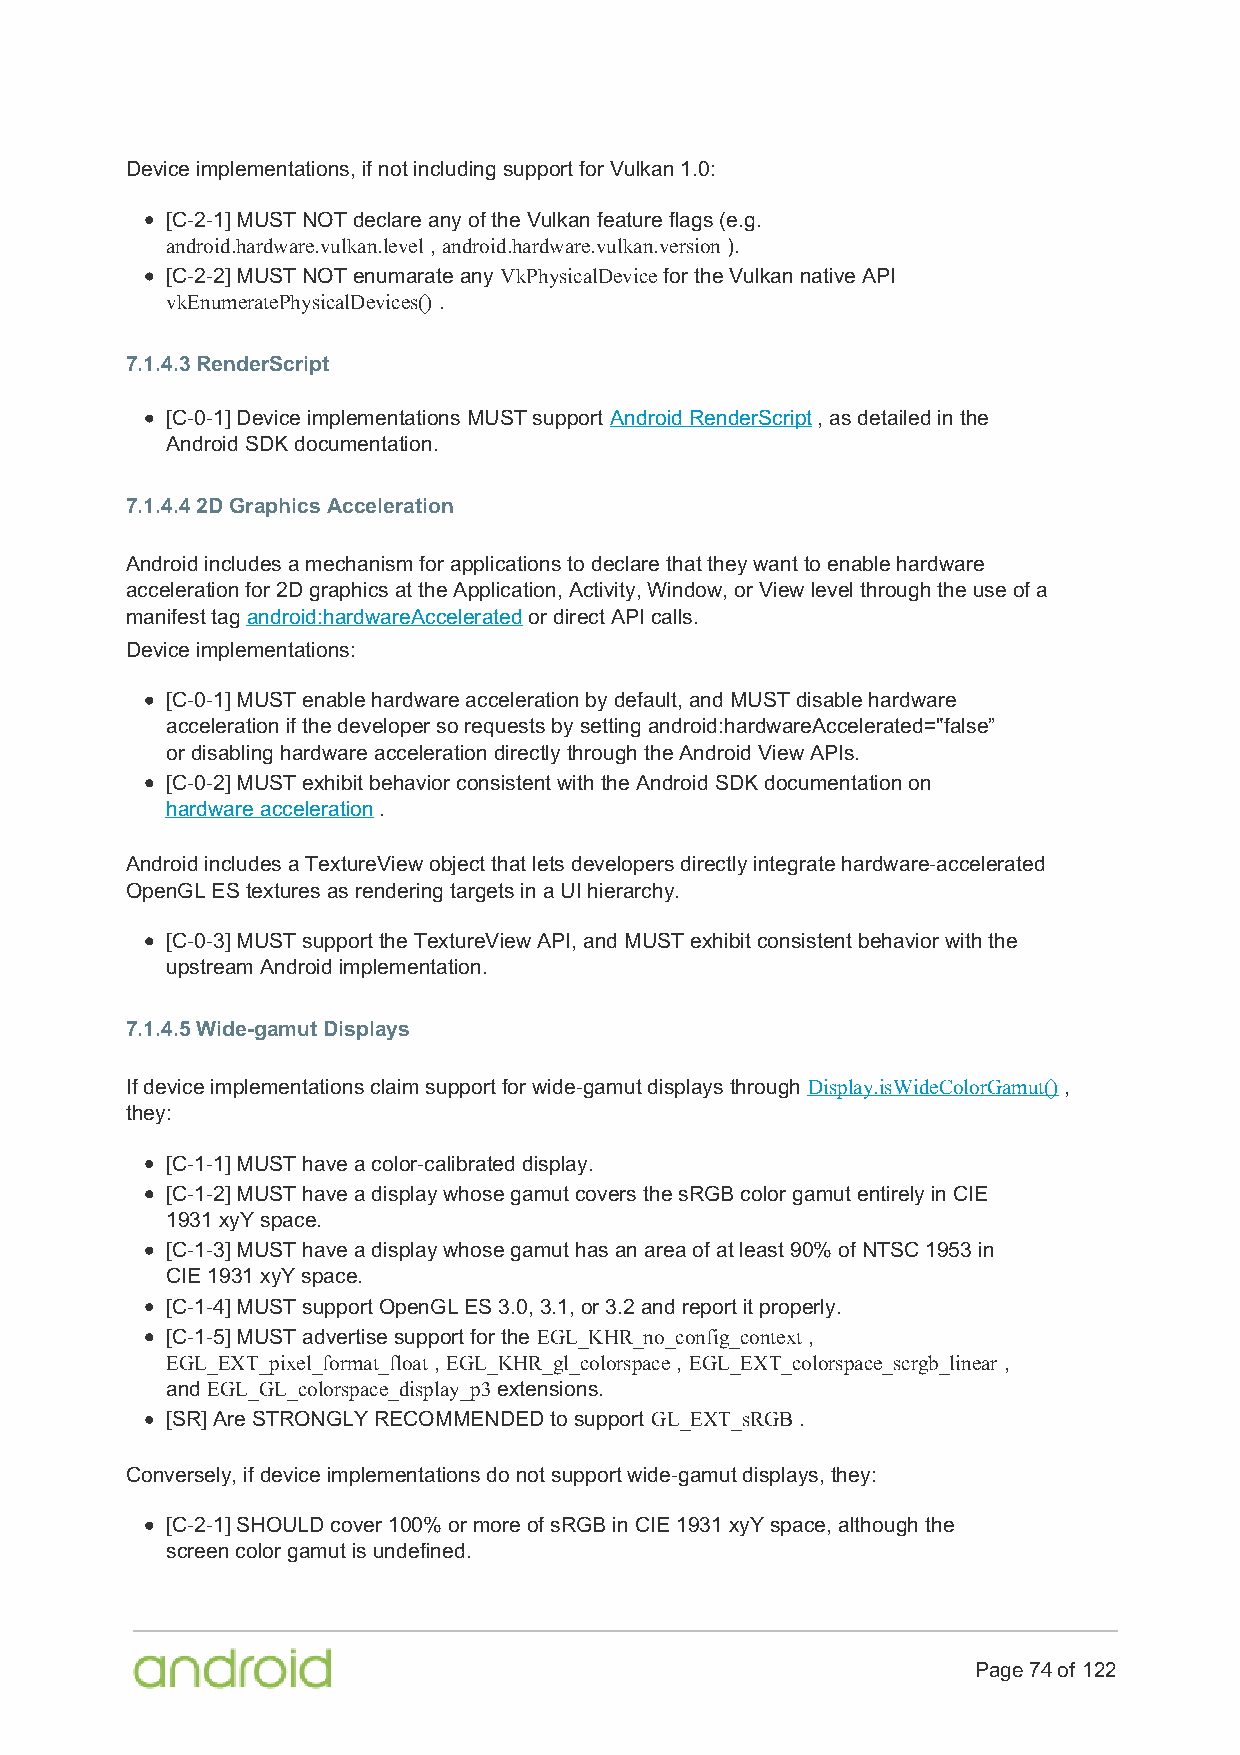
Device implementations, if not including support for Vulkan 1.0:
 [C-2-1] MUST NOT declare any of the Vulkan feature flags (e.g.
 android.hardware.vulkan.level , android.hardware.vulkan.version ).
 [C-2-2] MUST NOT enumarate any VkPhysicalDevice for the Vulkan native API
 vkEnumeratePhysicalDevices() .
 7.1.4.3 RenderScript
 [C-0-1] Device implementations MUST support Android RenderScript , as detailed in the
 Android SDK documentation.
 7.1.4.4 2D Graphics Acceleration
 Android includes a mechanism for applications to declare that they want to enable hardware
 acceleration for 2D graphics at the Application, Activity, Window, or View level through the use of a
 manifest tag android:hardwareAccelerated or direct API calls.
 Device implementations:
 [C-0-1] MUST enable hardware acceleration by default, and MUST disable hardware
 acceleration if the developer so requests by setting android:hardwareAccelerated="false”
 or disabling hardware acceleration directly through the Android View APIs.
 [C-0-2] MUST exhibit behavior consistent with the Android SDK documentation on
 hardware acceleration .
 Android includes a TextureView object that lets developers directly integrate hardware-accelerated
 OpenGL ES textures as rendering targets in a UI hierarchy.
 [C-0-3] MUST support the TextureView API, and MUST exhibit consistent behavior with the
 upstream Android implementation.
 7.1.4.5 Wide-gamut Displays
 If device implementations claim support for wide-gamut displays through Display.isWideColorGamut() ,
 they:
 [C-1-1] MUST have a color-calibrated display.
 [C-1-2] MUST have a display whose gamut covers the sRGB color gamut entirely in CIE
 1931 xyY space.
 [C-1-3] MUST have a display whose gamut has an area of at least 90% of NTSC 1953 in
 CIE 1931 xyY space.
 [C-1-4] MUST support OpenGL ES 3.0, 3.1, or 3.2 and report it properly.
 [C-1-5] MUST advertise support for the EGL_KHR_no_config_context ,
 EGL_EXT_pixel_format_float , EGL_KHR_gl_colorspace , EGL_EXT_colorspace_scrgb_linear ,
 and EGL_GL_colorspace_display_p3 extensions.
 [SR] Are STRONGLY RECOMMENDED to support GL_EXT_sRGB .
 Conversely, if device implementations do not support wide-gamut displays, they:
 [C-2-1] SHOULD cover 100% or more of sRGB in CIE 1931 xyY space, although the
 screen color gamut is undefined.
 Page 74 of 122